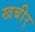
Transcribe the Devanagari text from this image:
खबीर्